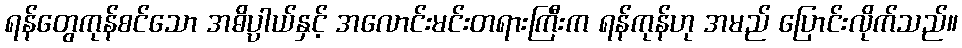
ရန်တွေကုန်စင်သော အဓိပ္ပါယ်နှင့် အလောင်းမင်းတရားကြီးက ရန်ကုန်ဟု အမည် ပြောင်းလိုက်သည်။